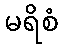
မရိစံ